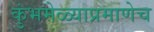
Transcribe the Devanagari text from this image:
कुंभमेळ्याप्रमाणेच